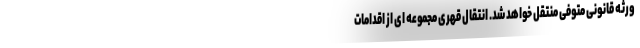
ورثه قانونی متوفی منتقل خواهد شد. انتقال قهری مجموعه ای از اقدامات